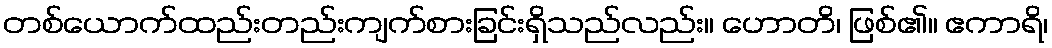
တစ်ယောက်ထည်းတည်းကျက်စားခြင်းရှိသည်လည်း။ ဟောတိ၊ ဖြစ်၏။ ဧကာရိ၊